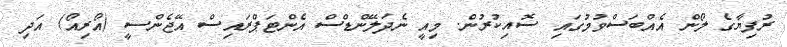
ރުފިޔާގެ ލޯން އެއްބަސްވުމުގައި ސޮއިކުރުން. މިއީ ނެދަލޭންޑްސް އެންޓަޕްރައިސް އޭޖެންސީ (އޯރިއޯ) އަދި